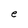
Character: e